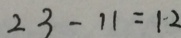
2 3 - 1 1 = 1 2